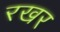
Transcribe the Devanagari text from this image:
रखर